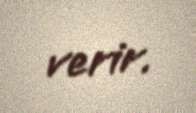
verir.